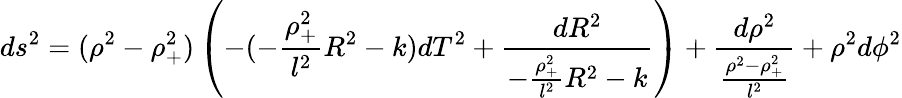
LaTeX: ds^{2}=(\rho^{2}-\rho_{+}^{2})\left(-(-\frac{\rho_{+}^{2}}{l^{2}}R^{2}-k)dT^{2}+\frac{dR^{2}}{-\frac{\rho_{+}^{2}}{l^{2}}R^{2}-k}\right)+\frac{d\rho^{2}}{\frac{\rho^{2}-\rho_{+}^{2}}{l^{2}}}+\rho^{2}d\phi^{2}